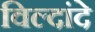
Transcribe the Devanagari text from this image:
विल्दांदे